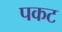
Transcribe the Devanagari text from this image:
पकट